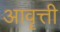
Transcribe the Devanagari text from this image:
आवॄत्ती